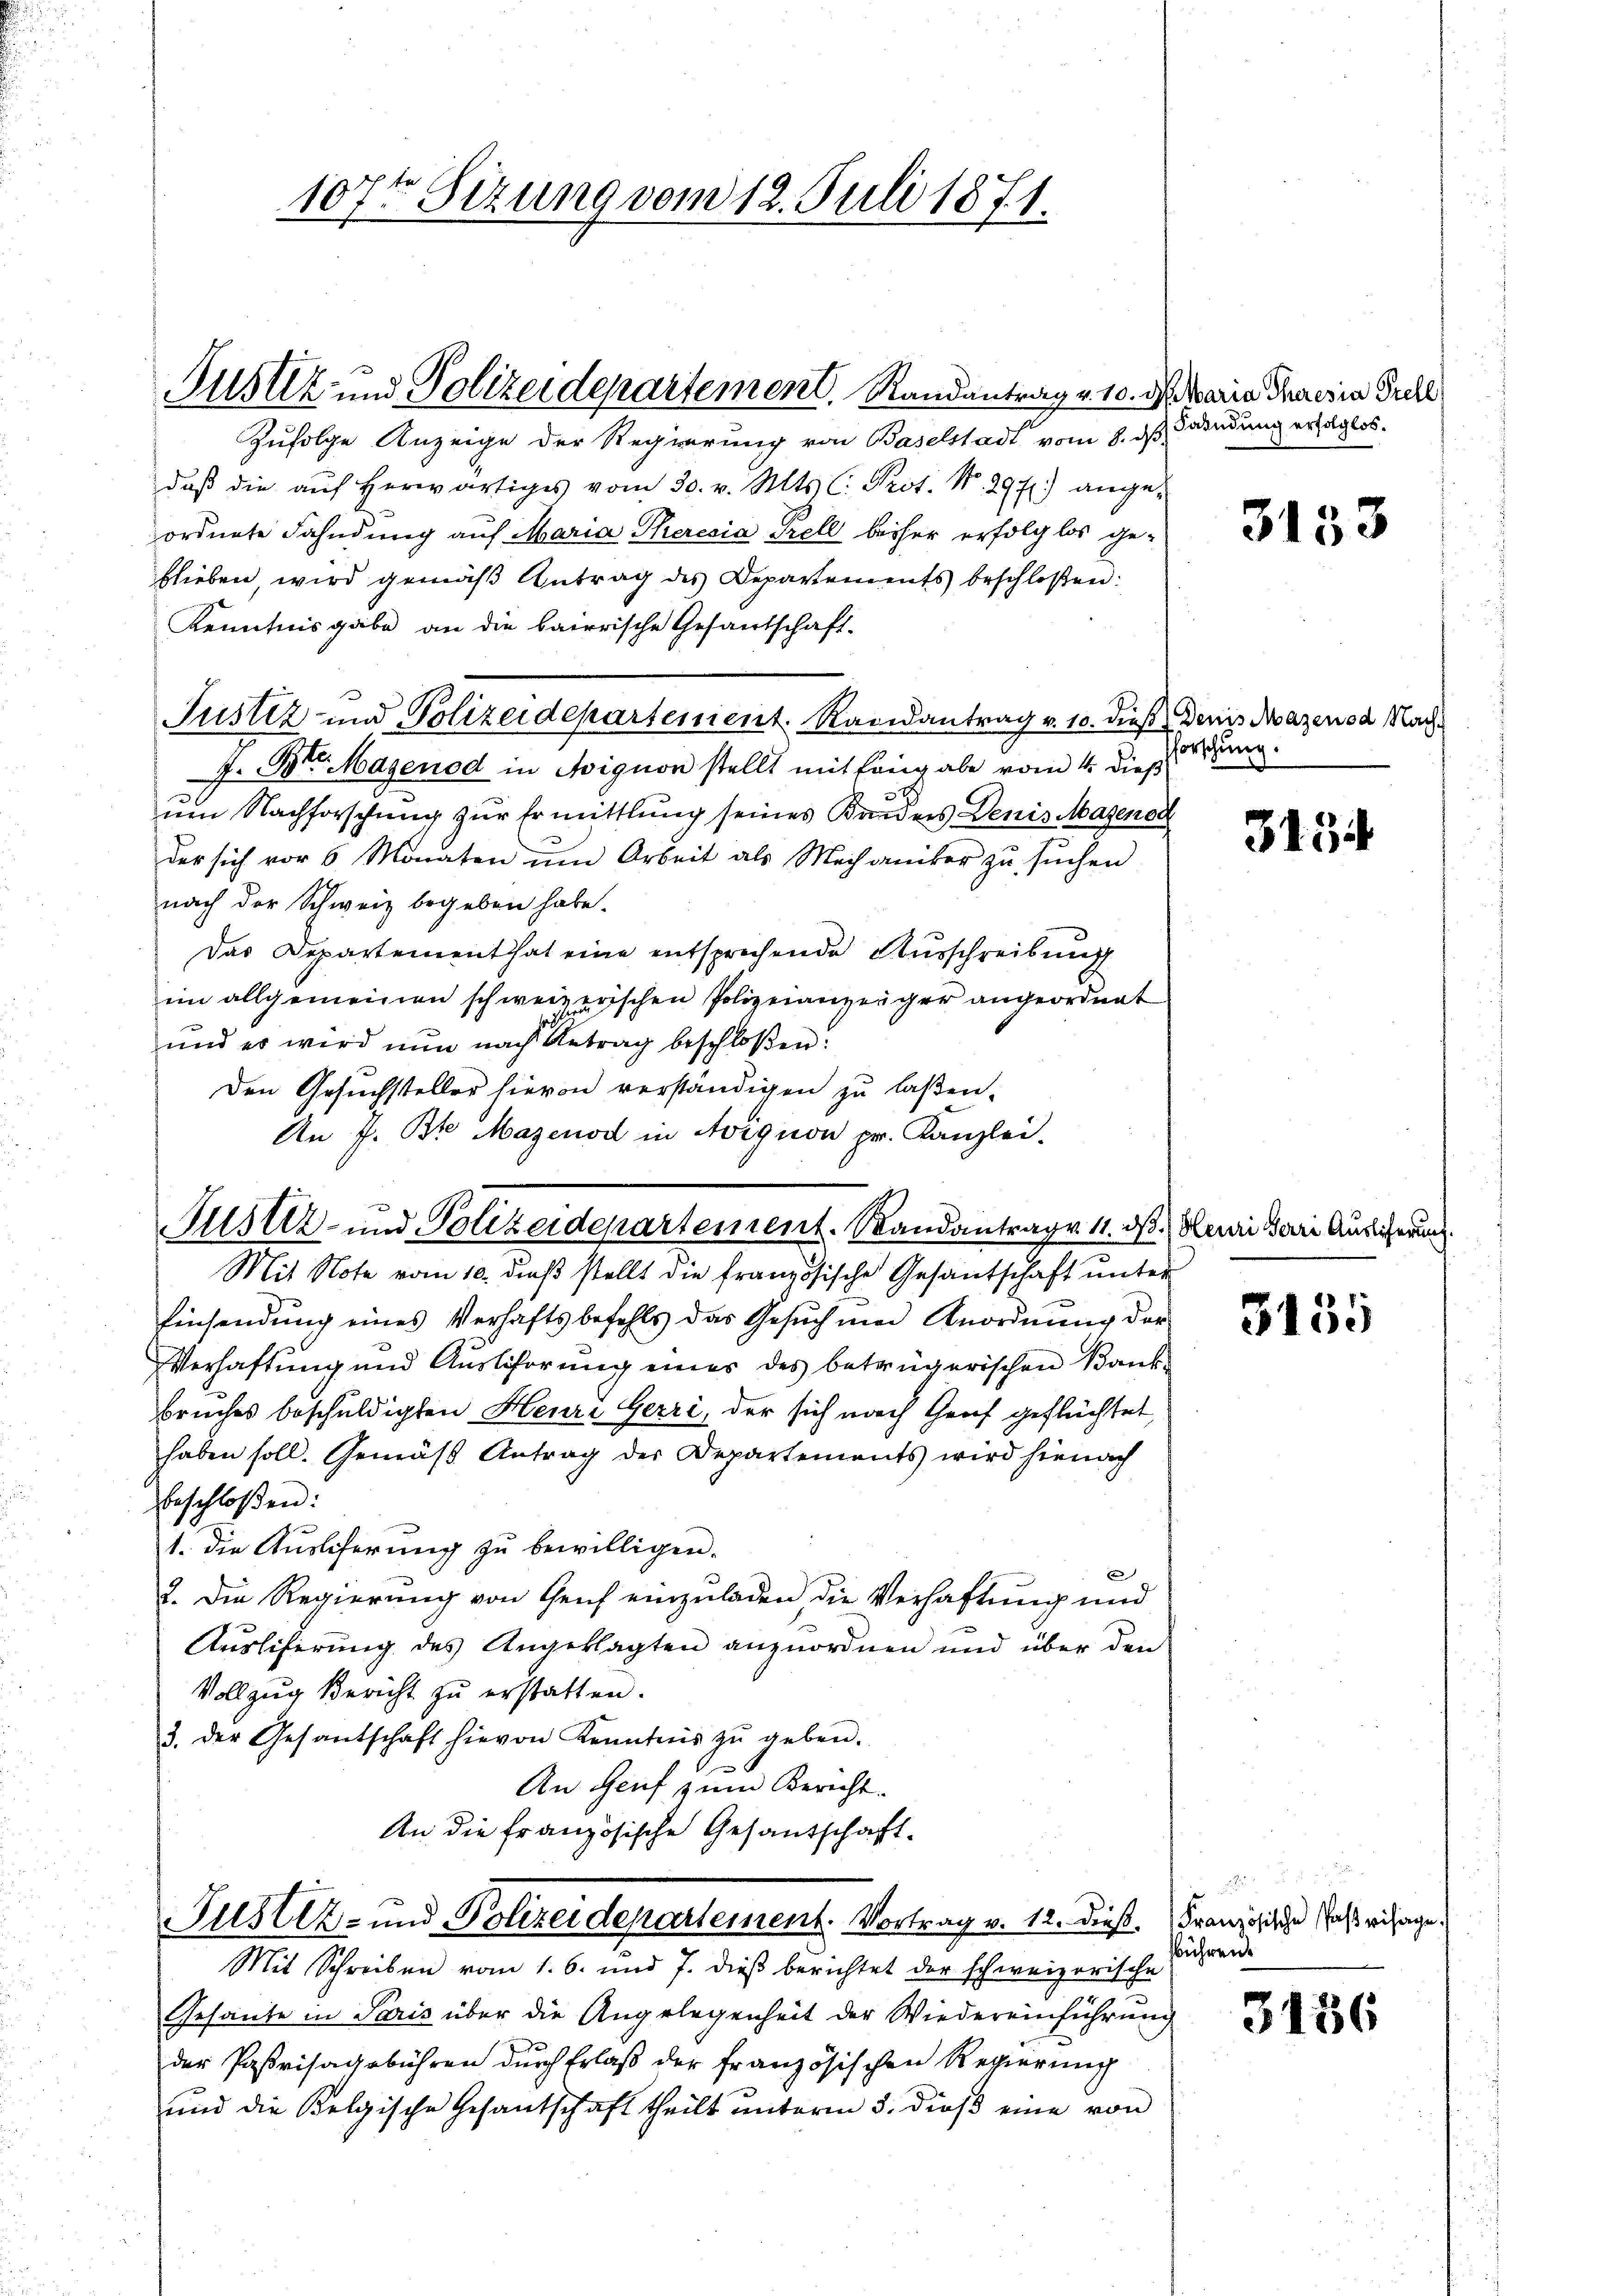
Justiz und Polizeidepartement, Randantrag v. 10. d. Maria Theresia Prell

Zufolge Anzeige der Regierung von Baselstadt vom 8. ds Fahndung erfolglos.
daβ die aŭf herwärtiges vom 30. v. Mts. C. Prot. Nr. 29 f.) ange-
ordnete Fahndung auf Maria Theresia Prell bisher erfolglos ge-
blieben, wird gemäß Antrag des Departements beschloßen:
Kenntnisgabe an die baierische Gesantschaft-
Justiz und Polizeidepartement. Randantrag v. 10. dieß Den Mazenod Nach¬
J. Br. Hagenod in Aignon stellt mit Eingabe vom 4. dieß
um Nachforschung zur Ermittlung seines Krieders Denis Magenen
der sich vor 6 Monaten ŭm Arbeit als Mechaniker zŭ sŭchen
nach der Schweiz begeben habe.
Das Departement hat eine entsprechende Ausschreibung
im allgemeinen schweizerischen Polizeianzeiger angeordnet
und er wird nun nach Antrag beschloßen:
Den Gesuchsteller hievon verständigen zu laßen.
An f. Br. Magenod in Avignon pr. Kanzlei-
Mit Note vom 10. dieß stellt die französische Gesantschaft unter
Einsendung eines Verhaftsbefehls das Gesuch und Anordnung der
Verhaftung und Auslicherung eines des betrügerischen Bank-
bruches beschuldigten Heure Gerri, der sich nach Genf geflüchtet,
haben soll. Gemäß Antrag der Departements wird hienach
beschloßen:
1. die Auslicherung zu bewilligen.
b
2. Die Regierung von Genf einzuladen die Verhaftung und
Ausliferung des Angeklagten anzuordnen und über den
Vollzug Bericht zu erstatten.
3. der Gesantschaft hievon Kenntnis zŭ geben.
An Genf zum Bericht.
An die Französische Gesandschaft-
Justiz- und Polizeidepartement. Vortrag v. 12. Dies. Französische dass verlange¬
Mit Schreiben vom 1. 6. und 7. dieβ berichtet der schweizerische
Gesante in Paris über die Angelegenheit der Wiedereinführung
der Parisagebühren durch Erlaß der französischen Regierung
und die Belgische Gesantschaft theilt unterm 3. dieß eine von

107ten Sizung vom 12. Juli 1871.

ustiz- und Polizeidepartement. Sandantrage 11. ds. Heuri dari Auslicherung

3153

forschung.

313

3155

rühren.

3436